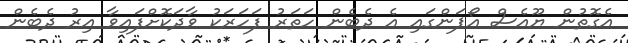
އެގޮތުން ޔޫއެސް އޯޕަންގައި އެ ދެބެން ހަތަރު ފަހަރަކު ވާދަކޮށްފައިވާ އިރު ދެބެން